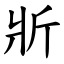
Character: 斨